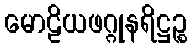
မောဠိယဖဂ္ဂုနရိဋ္ဌဉ္စ